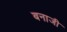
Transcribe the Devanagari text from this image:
बनाजी